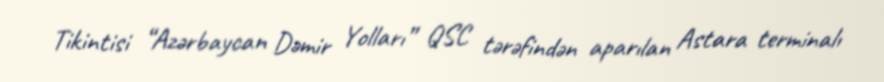
Tikintisi “Azərbaycan Dəmir Yolları” QSC tərəfindən aparılan Astara terminalı